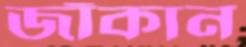
জাঁকান